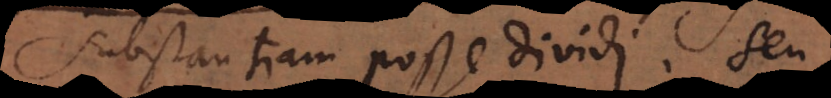
substantiam posse dividi, seu